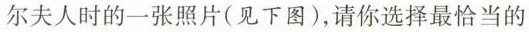
尔夫人时的一张照片(见下图)，请你选择最恰当的